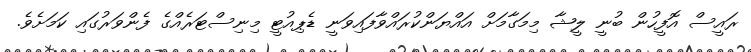
ރައީސް އޮފީހުން ބުނީ ލީޝާ މިމަގާމަށް އައްޔަންކުރައްވާފައިވަނީ ޑެޕިއުޓީ މިނިސްޓަރެއްގެ ފެންވަރުގައި ކަމަށެވެ.